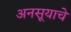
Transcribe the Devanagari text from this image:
अनसूयाचे